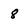
Character: 8